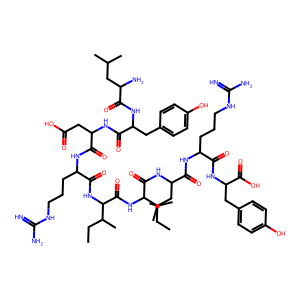
SMILES: CCC(C)C(NC(=O)C(CCCNC(=N)N)NC(=O)C(CC(=O)O)NC(=O)C(Cc1ccc(O)cc1)NC(=O)C(N)CC(C)C)C(=O)NC(C(=O)NC(CC(C)C)C(=O)NC(CCCNC(=N)N)C(=O)NC(Cc1ccc(O)cc1)C(=O)O)C(C)CC
Inhibits HIV replication: No